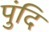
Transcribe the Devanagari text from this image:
पुंदि